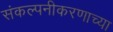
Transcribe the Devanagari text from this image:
संकल्पनीकरणाच्या